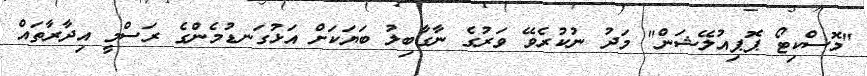
"މޮސްކިޓޯ ޕޮޕިއުލޭޝަން" މަދު ނުކުރެވޭ ވަރުގެ ނާގާބިލު ބަޔަކަށް އަޅުގަނޑުމެންގެ ރަސްމީ އިދާރާތައް